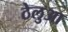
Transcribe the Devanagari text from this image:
ठेलुआ